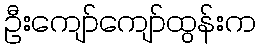
ဦးကျော်ကျော်ထွန်းက